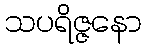
သပရိဇ္ဇနော